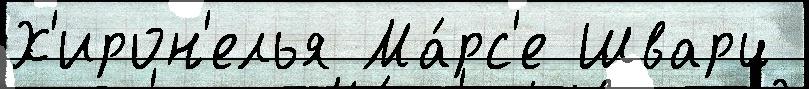
Х'ирон'елья Ма́рс'е Шварц